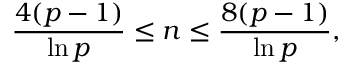
{ \frac { 4 ( p - 1 ) } { \ln p } } \leq n \leq { \frac { 8 ( p - 1 ) } { \ln p } } ,